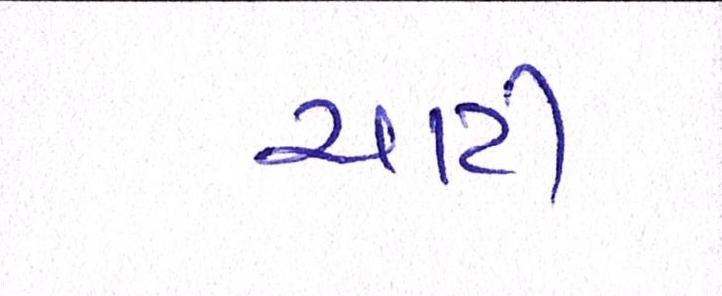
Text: ચાટી